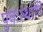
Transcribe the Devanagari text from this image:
पुनःस्थापि